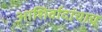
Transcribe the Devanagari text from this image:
आशिर्वादांचाच